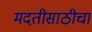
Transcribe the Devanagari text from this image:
मदतीसाठीचा